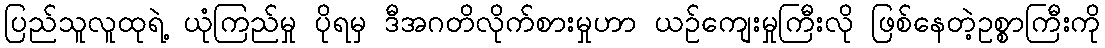
ပြည်သူလူထုရဲ့ ယုံကြည်မှု ပိုရမှ ဒီအဂတိလိုက်စားမှုဟာ ယဉ်ကျေးမှုကြီးလို ဖြစ်နေတဲ့ဥစ္စာကြီးကို